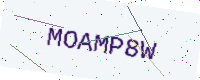
Text: MOAMP8W